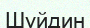
Шуйдин